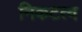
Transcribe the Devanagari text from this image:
निकटत्व